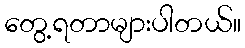
တွေ့ရတာများပါတယ်။